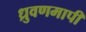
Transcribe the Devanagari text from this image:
ध्रुवणमापी